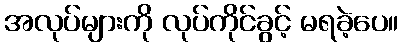
အလုပ်များကို လုပ်ကိုင်ခွင့် မရခဲ့ပေ။